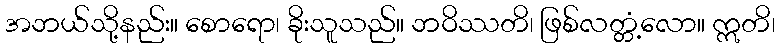
အဘယ်သို့နည်း။ စောရော၊ ခိုးသူသည်။ ဘဝိဿတိ၊ ဖြစ်လတ္တံ့လော။ ဣတိ၊